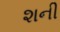
શની